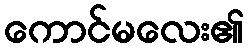
ကောင်မလေး၏